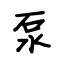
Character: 泵